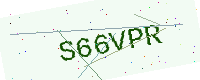
Text: S66VPR